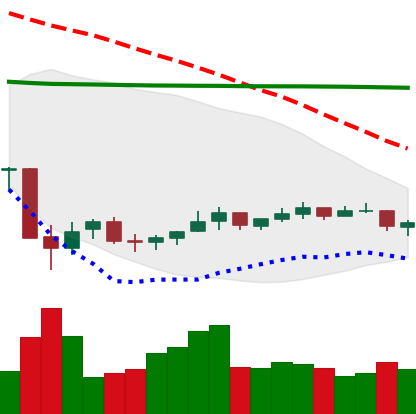
Ticker: NEO-USD
Chart end date: 2021-07-09
Forward return: -5.305%
Label: down_5_7